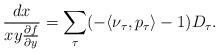
LaTeX: \begin{align*} \frac{dx}{xy \frac{\partial f}{\partial y}} = \sum_{\tau } (- \langle \nu_\tau , p_\tau \rangle - 1) D_\tau.\end{align*}